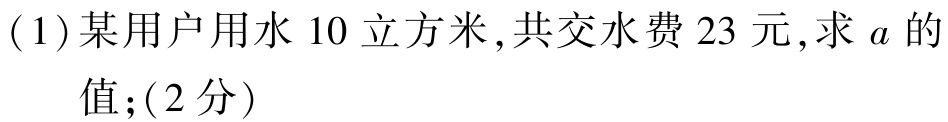
(1)某用户用水$10$立方米,共交水费$23$元,求$a$的值;（2分）